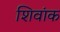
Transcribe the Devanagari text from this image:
शिवांक